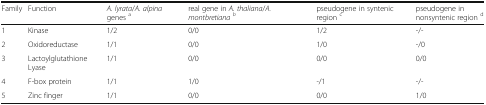
| Family | Function | A. lyrata/A. alpina genes a | real gene in A. thaliana/A. montbretianab | pseudogene in syntenic region c | pseudogene in nonsyntenic region d |
 | --- | --- | --- | --- | --- | --- |
 | 1 | Kinase | 1/2 | 0/0 | 1/2 | -/- |
 | 2 | Oxidoreductase | 1/1 | 0/0 | 1/0 | -/0 |
 | 3 | Lactoylglutathione Lyase | 1/1 | 0/0 | 0/0 | 0/0 |
 | 4 | F-box protein | 1/1 | 1/0 | -/1 | -/- |
 | 5 | Zinc finger | 1/1 | 0/0 | 0/0 | 1/0 |